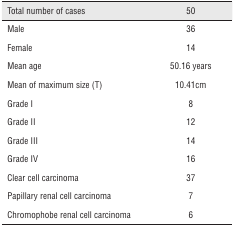
<table><thead><tr><td><b>Total number of cases</b></td><td><b>50</b></td></tr></thead><tbody><tr><td>Male</td><td>36</td></tr><tr><td>Female</td><td>14</td></tr><tr><td>Mean age</td><td>50.16 years</td></tr><tr><td>Mean of maximum size (T)</td><td>10.41cm</td></tr><tr><td>Grade I</td><td>8</td></tr><tr><td>Grade II</td><td>12</td></tr><tr><td>Grade III</td><td>14</td></tr><tr><td>Grade IV</td><td>16</td></tr><tr><td>Clear cell carcinoma</td><td>37</td></tr><tr><td>Papillary renal cell carcinoma</td><td>7</td></tr><tr><td>Chromophobe renal cell carcinoma</td><td>6</td></tr></tbody></table>